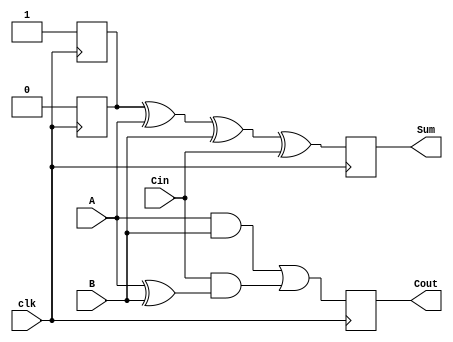
module dynamic_full_adder (
    input wire A,      // First input bit
    input wire B,      // Second input bit
    input wire Cin,    // Carry-in bit
    input wire clk,    // Clock signal
    output reg Sum,    // Sum output
    output reg Cout    // Carry output
);

// Intermediate signals for precharge and evaluation phases
reg precharge_sum;
reg precharge_cout;

// Precharge phase (can be implemented with clocked behavior)
always @(posedge clk) begin
    // Precharge to high state
    precharge_sum <= 1'b1;
    precharge_cout <= 1'b1;
end

// Evaluation phase (when the clock is high, compute the results)
always @(negedge clk) begin
    // Evaluate the outputs based on the inputs
    Sum <= precharge_sum ^ A ^ B ^ Cin;
    Cout <= (A & B) | (Cin & (A ^ B));
    
    // Reset dynamic nodes for the next precharge phase
    precharge_sum <= 1'b0;   // Reset during the next precharge
    precharge_cout <= 1'b0;  // Reset during the next precharge
end

endmodule